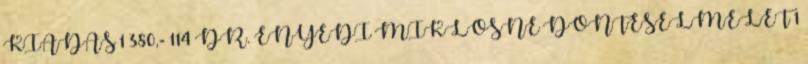
KIADÁS 1 380,- 114 DR. ENYEDI MIKLÓSNÉ DÖNTÉSELMÉLET 1